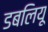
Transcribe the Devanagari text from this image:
डबलियू